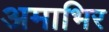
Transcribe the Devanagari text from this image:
अमाभिर